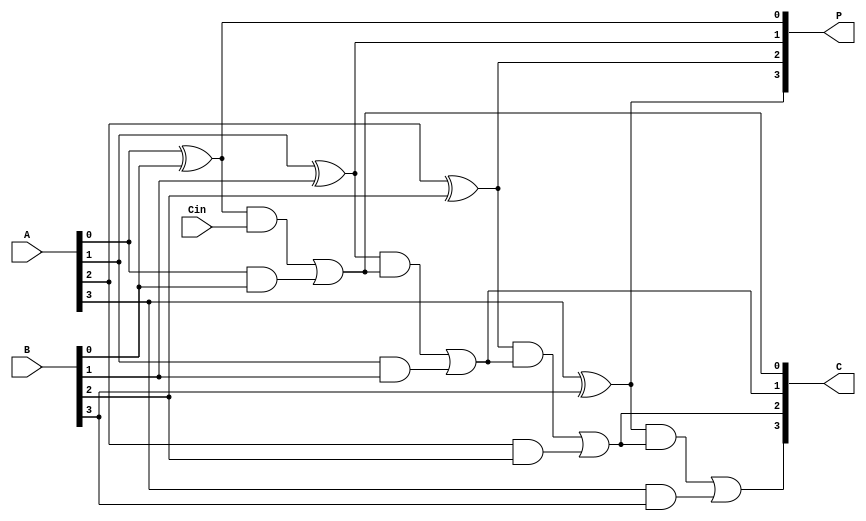
`timescale 1ns / 1ps
//////////////////////////////////////////////////////////////////////////////////
// Company: 
// Engineer: 
// 
// Design Name: 
// Module Name: CLL
// Project Name: 
// Target Devices: 
// Tool Versions: 
// Description: 
// 
// Dependencies: 
// 
// Revision:
// Revision 0.01 - File Created
// Additional Comments:
// 
//////////////////////////////////////////////////////////////////////////////////


module CLL(
    input [3:0]A,B,
    input Cin,
    output [4:1]C,
    output [3:0]P
    );

wire [3:0]G;

assign G[0] = A[0]&B[0];
assign P[0] = A[0]^B[0];
assign G[1] = A[1]&B[1];
assign P[1] = A[1]^B[1];
assign G[2] = A[2]&B[2];
assign P[2] = A[2]^B[2];
assign G[3] = A[3]&B[3];
assign P[3] = A[3]^B[3];

assign C[1] = P[0]&Cin | G[0];
assign C[2] = P[1]&C[1] | G[1];
assign C[3] = P[2]&C[2] | G[2];
assign C[4] = P[3]&C[3] | G[3];

endmodule